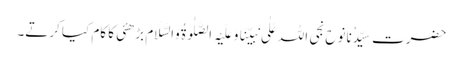
حضرت سیِّدُنانوح نجی اللہ عَلٰی نَبِیِّنَاوَعَلَیْہِ الصَّلٰوۃُ وَالسَّلَام بڑھئی کا کام کیا کرتے۔